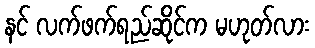
နင် လက်ဖက်ရည်ဆိုင်က မဟုတ်လား